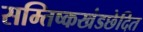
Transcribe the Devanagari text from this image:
सम्तिष्कखंडछेदित